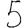
Digit: 5